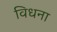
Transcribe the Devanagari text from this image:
विधना